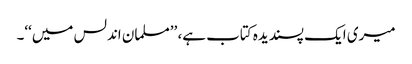
میری ایک پسندیدہ کتاب ہے، ’’مسلمان اندلس میں‘‘۔